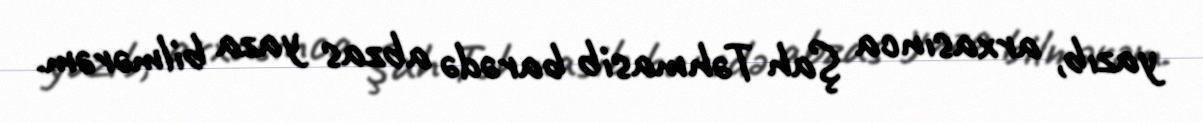
yazıb, arxasınca Şah Təhmasib barədə abzas yaza bilmərəm.